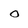
Character: o